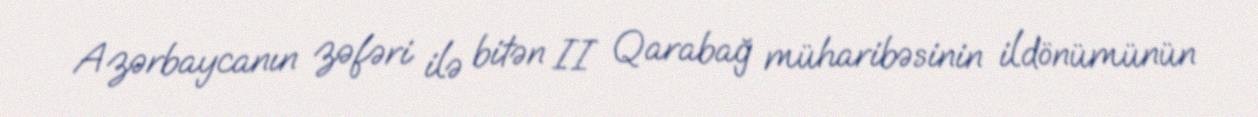
Azərbaycanın zəfəri ilə bitən II Qarabağ müharibəsinin ildönümünün